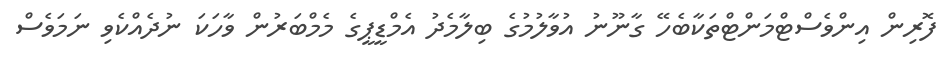
ފޮރިން އިންވެސްޓްމަންޓްތަކާބެހޭ ގާނޫނު އުވާލުމުގެ ބިލާމެދު އެމްޑީޕީގެ މެމްބަރުން ވާހަކަ ނުދެއްކެވި ނަމަވެސް